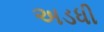
અડધી